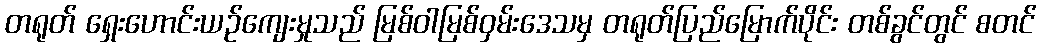
တရုတ် ရှေးဟောင်းယဉ်ကျေးမှုသည် မြစ်ဝါမြစ်ဝှမ်းဒေသမှ တရုတ်ပြည်မြောက်ပိုင်း တစ်ခွင်တွင် စတင်